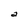
Character: a